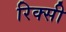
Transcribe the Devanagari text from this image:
रिक्सी